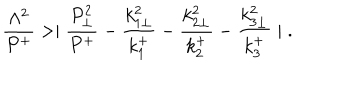
{ \frac { \Lambda ^ { 2 } } { P ^ { + } } } > \mid { \frac { P _ { \perp } ^ { 2 } } { P ^ { + } } } - { \frac { k _ { 1 \perp } ^ { 2 } } { k _ { 1 } ^ { + } } } - { \frac { k _ { 2 \perp } ^ { 2 } } { k _ { 2 } ^ { + } } } - { \frac { k _ { 3 \perp } ^ { 2 } } { k _ { 3 } ^ { + } } } \mid \; .